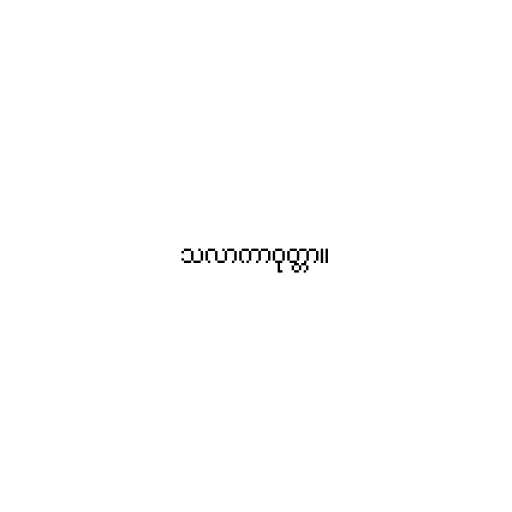
သလာကာဝုတ္တာ။